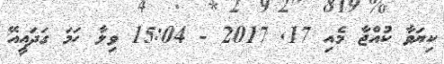
ކިޔަވާ ކުއްޖާ މެއި 17